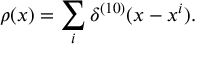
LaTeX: \rho ( x ) = \sum _ { i } \delta ^ { ( 1 0 ) } ( x - x ^ { i } ) .